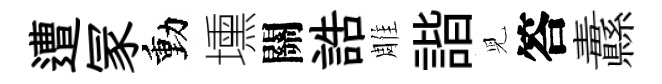
遭冡動壎關誥雕諧児答纛